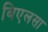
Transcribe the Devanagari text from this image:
बिएलसा